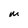
Character: m